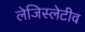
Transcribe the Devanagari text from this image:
लेजिस्लेटीव